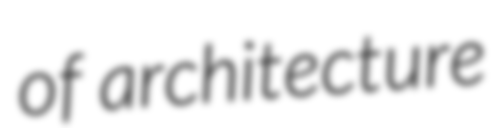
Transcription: of architecture